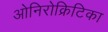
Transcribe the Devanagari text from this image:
ओनिरोक्रिटिका